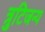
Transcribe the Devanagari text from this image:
त्रुटिजन्य